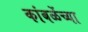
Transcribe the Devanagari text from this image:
कांबळेंच्या